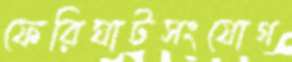
ফেরিঘাটসংযোগ